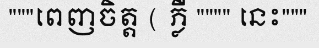
"""ពេញចិត្ត ( ភ្លឺ """" នេះ"""